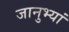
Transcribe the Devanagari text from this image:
जानुभ्यां